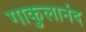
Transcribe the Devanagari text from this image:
गाकुलानंद